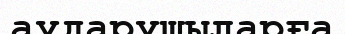
аударушыларға